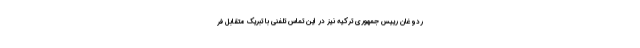
ردوغان رییس جمهوری ترکیه نیز در این تماس تلفنی با تبریک متقابل فر